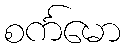
စင်္ကမော